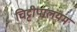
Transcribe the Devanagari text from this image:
चिट्टीपालयम